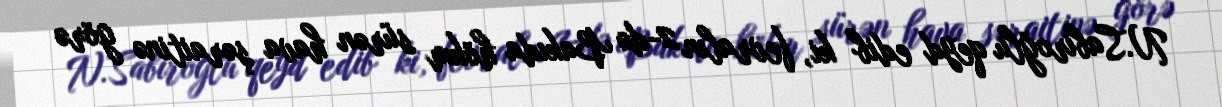
N.Sabiroğlu qeyd edib ki, fevralın 2-də Bakıda hökm sürən hava şəraitinə görə